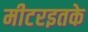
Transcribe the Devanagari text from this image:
मीटरइतके